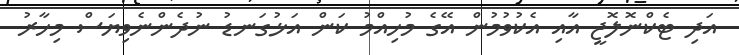
އަދި ޓެކްނޮލޮޖީ އާއި އެކުވުމުން އޭގެ މުހިއްމު ކަން އަޅުގަނޑު ނުދެންނެވިޔަސް މިހާރު